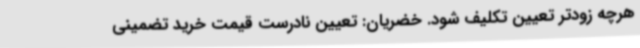
هرچه زودتر تعیین تکلیف شود. خضریان: تعیین نادرست قیمت خرید تضمینی